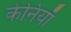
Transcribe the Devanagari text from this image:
केनियाँ